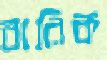
বারিক